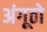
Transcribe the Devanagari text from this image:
अंगूठो